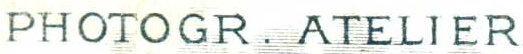
PHOTOGR . ATELIER